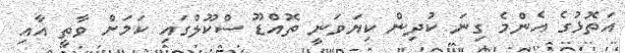
އަތޮޅުގެ އެންމެ ގިނަ ކުދިން ކިޔަވަނީ ތޮއްޑޫ ސްކޫލްގައި ކަމަށް ވާތީ އާއި